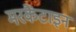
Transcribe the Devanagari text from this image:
मरकैंटाइन